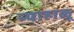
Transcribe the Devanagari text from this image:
न्याहाळू